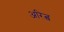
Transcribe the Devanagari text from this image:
अरित्व